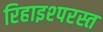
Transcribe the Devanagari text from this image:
रिहाइश्परस्त